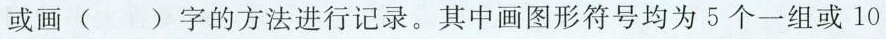
或画 ( ) 字的方法进行记录。其中画图形符号均为 5 个一组或 10